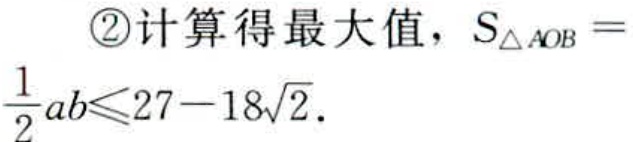
\textcircled{2}计算得最大值，$S_{\triangle AOB} = \frac{1}{2}ab\leqslant27 - 18\sqrt{2}$.